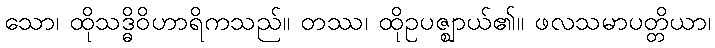
သော၊ ထိုသဒ္ဓိဝိဟာရိကသည်။ တဿ၊ ထိုဥပဇ္ဈာယ်၏။ ဖလသမာပတ္တိယာ၊